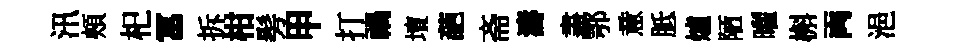
汛頰𣏌冨拆柑髣甲打禍壇葩斋濤𥁞鄂意胝爐陋曜槲両浥